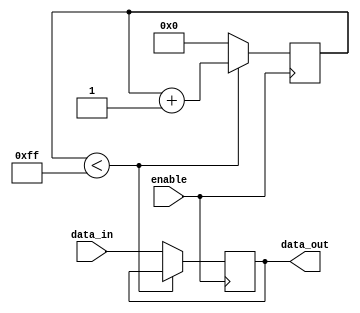
module latch_delay (
    input wire data_in,
    input wire enable,
    output reg data_out
);

reg [7:0] delay_counter;

always @(posedge enable) begin
    if (delay_counter < 255) begin
        delay_counter <= delay_counter + 1;
    end else begin
        delay_counter <= 0;
        data_out <= data_in;
    end
end

endmodule